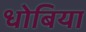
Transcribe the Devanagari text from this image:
धोबिया